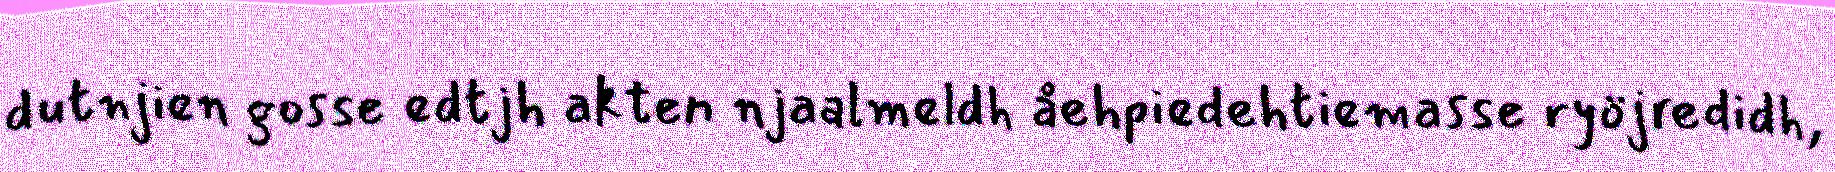
dutnjien gosse edtjh akten njaalmeldh åehpiedehtiemasse ryöjredidh,